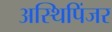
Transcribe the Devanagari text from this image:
अस्थिपिंजर